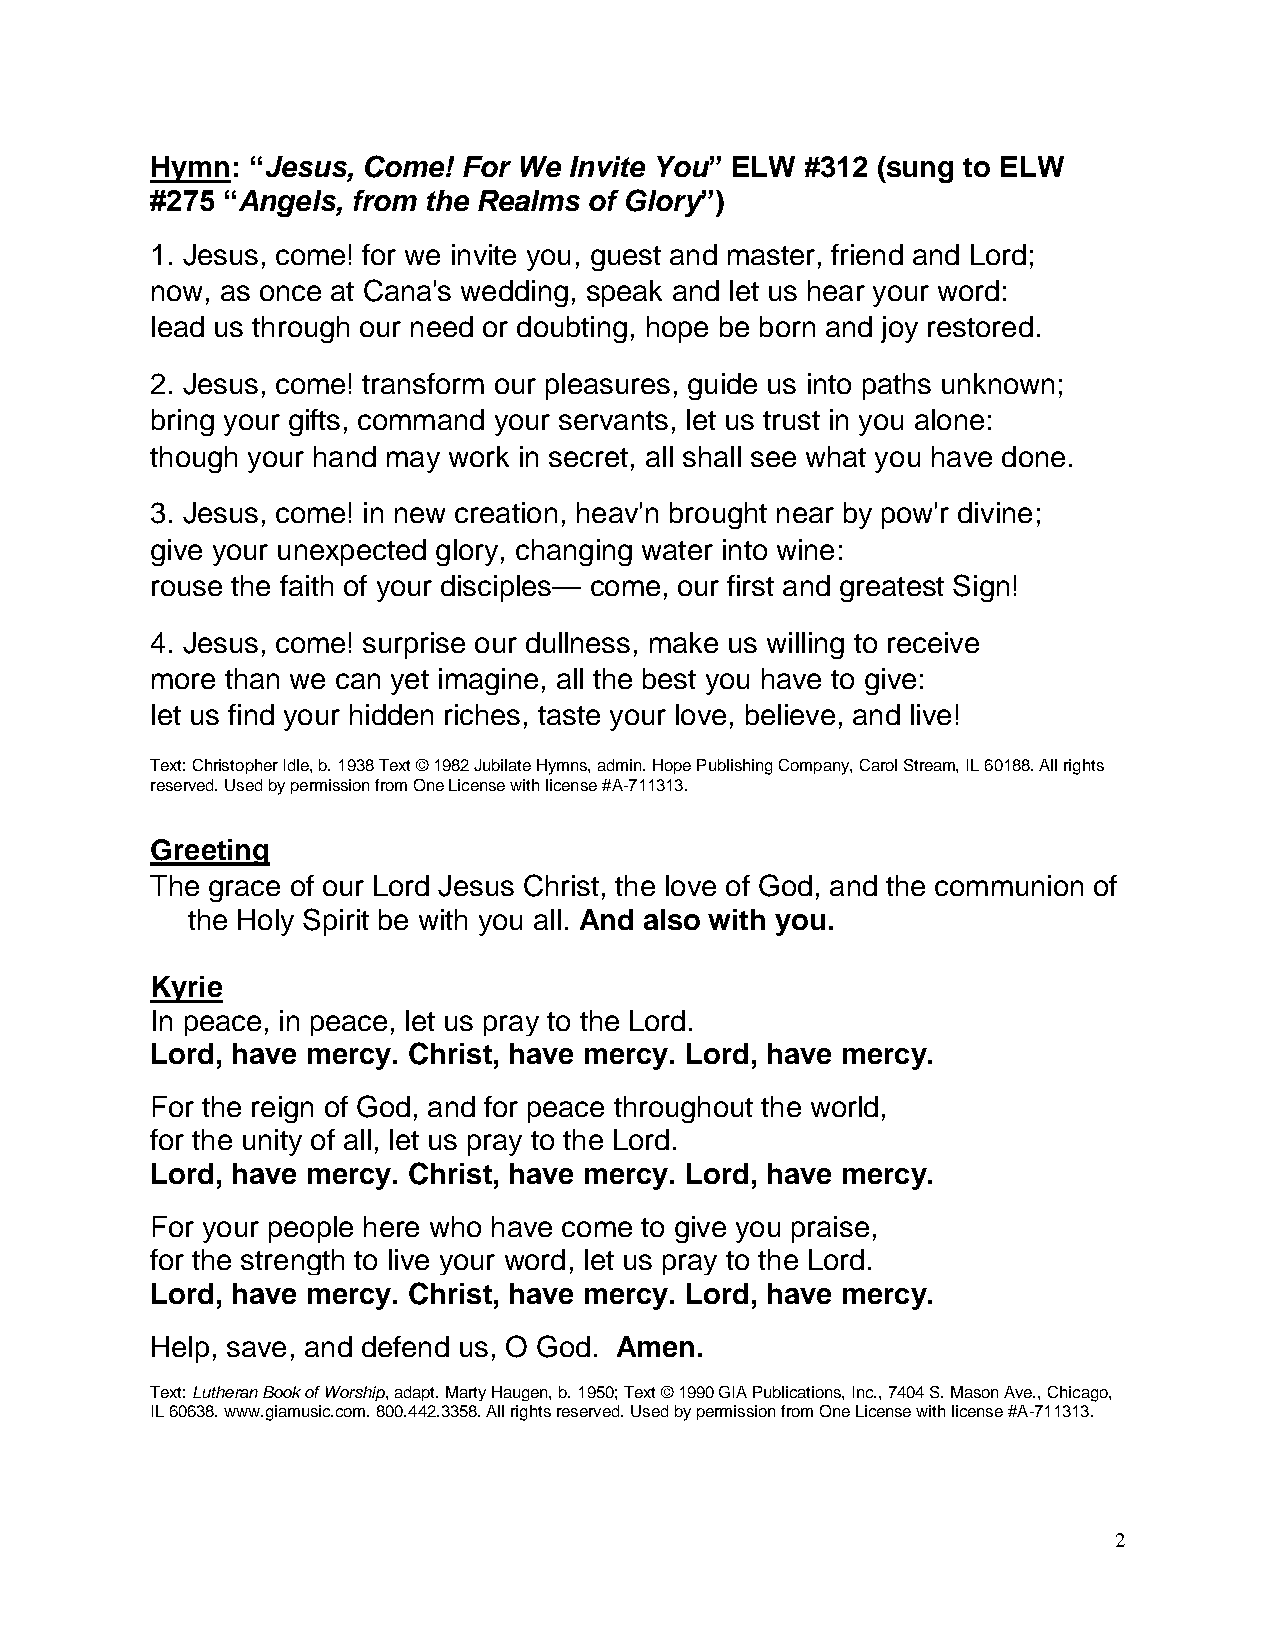
Hymn: “Jesus, Come!  For We Invite You” ELW #312 (sung to ELW
 #275 “Angels, from the Realms of Glory”)
 1. Jesus, come! for we invite you, guest and master, friend and Lord;
 now, as once at Cana's wedding, speak and let us hear your word:
 lead us through our need or doubting, hope be born and joy restored.
 2. Jesus, come! transform our pleasures, guide us into paths unknown;
 bring your gifts, command your servants, let us trust in you alone:
 though your hand may work in secret, all shall see what you have done.
 3. Jesus, come! in new creation, heav'n brought near by pow'r divine;
 give your unexpected glory, changing water into wine:
 rouse the faith of your disciples— come, our first and greatest Sign!
 4. Jesus, come! surprise our dullness, make us willing to receive
 more than we can yet imagine, all the best you have to give:
 let us find your hidden riches, taste your love, believe, and live!
 Text: Christopher Idle, b. 1938 Text © 1982 Jubilate Hymns, admin. Hope Publishing Company, Carol Stream, IL 60188. All rights
 reserved. Used by permission from One License with license #A-711313.
 Greeting
 The grace of our Lord Jesus Christ, the love of God, and the communion of
 the Holy Spirit be with you all. And also with you.
 Kyrie
 In peace, in peace, let us pray to the Lord.
 Lord, have mercy. Christ, have mercy. Lord, have mercy.
 For the reign of God, and for peace throughout the world,
 for the unity of all, let us pray to the Lord.
 Lord, have mercy. Christ, have mercy. Lord, have mercy.
 For your people here who have come to give you praise,
 for the strength to live your word, let us pray to the Lord.
 Lord, have mercy. Christ, have mercy. Lord, have mercy.
 Help, save, and defend us, O God. Amen.
 Text: Lutheran Book of Worship, adapt. Marty Haugen, b. 1950; Text © 1990 GIA Publications, Inc., 7404 S. Mason Ave., Chicago,
 IL 60638. www.giamusic.com. 800.442.3358. All rights reserved. Used by permission from One License with license #A-711313.
 2